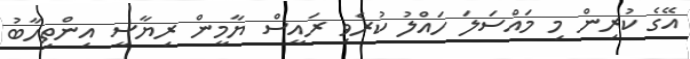
އޭގެ ކުރިން މި މައްސަލަ ހައްލު ކުރެވި ރައީސް ޔާމީން ރިޔާސީ އިންތިހާބު